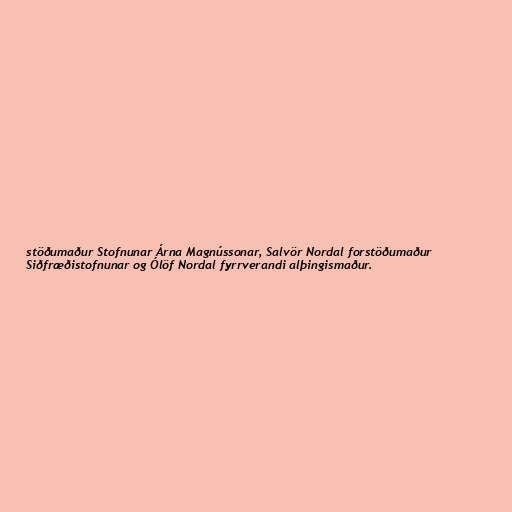
stöðumaður Stofnunar Árna Magnússonar, Salvör Nordal forstöðumaður
Siðfræðistofnunar og Ólöf Nordal fyrrverandi alþingismaður.